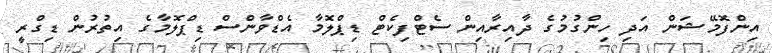
އިންފޮމޭޝަން އަދި ހިންގުމުގެ ދާއިރާއިން ސެޓްފިކެޓް ޑިޕްލޮމާ އެޑްވާންސް ޑިޕްލޮމާގެ އިތުރުން ޑިގްރީ